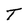
Character: T